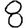
Digit: 8